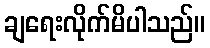
ချရေးလိုက်မိပါသည်။